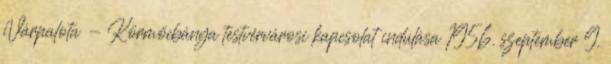
Várpalota - Körmöcbánya testvérvárosi kapcsolat indulása 1956. szeptember 9.